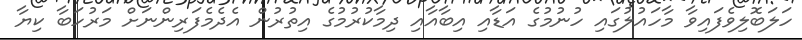
ހަލަބޮލިވެފައިވާ މާހައުލުގައި ހުނުމުގެ އަޑާއި އިބާއާއި ދިމާކުރުމުގެ އިތުރުން އެދެމެފަރިންނަށް މަރުހަބާ ކިޔާ